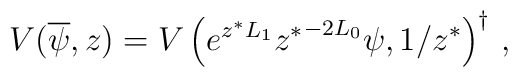
V(\overline\psi,z)=V\left(e^{z^\ast L_1}{z^\ast}^{-2L_0}\psi,1/z^\ast\right)^\dagger\,,